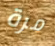
مرة